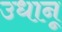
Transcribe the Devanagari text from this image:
उधानू